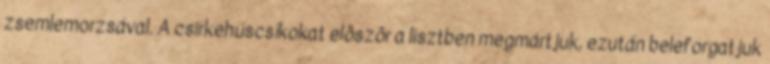
zsemlemorzsával. A csirkehúscsíkokat elõszõr a lisztben megmártjuk, ezután beleforgatjuk